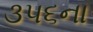
૩૫૬ના